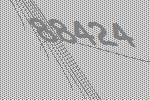
88424